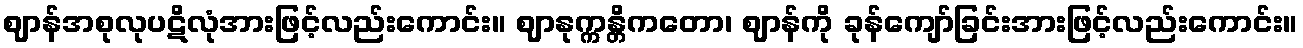
ဈာန်အစုလုပဋိလုံအားဖြင့်လည်းကောင်း။ ဈာနုက္ကန္တိကတော၊ ဈာန်ကို ခုန်ကျော်ခြင်းအားဖြင့်လည်းကောင်း။